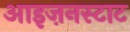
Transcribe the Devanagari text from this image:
आइज़नस्टाट